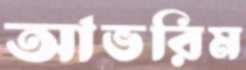
আভরিম